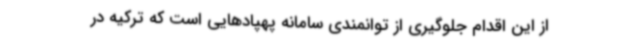
از این اقدام جلوگیری از توانمندی سامانه پهپادهایی است که ترکیه در